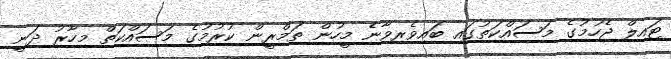
ޓައިލް ޖެހުމުގެ މަސައްކަތުގައި ބައިވެރިވާނެ މީހުން ތަމްރީން ކުރުމުގެ މަސައްކަތް މިހާރު ދަނީ